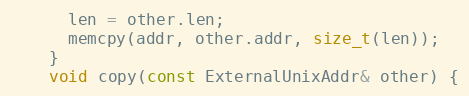
Language: C
      len = other.len;
      memcpy(addr, other.addr, size_t(len));
    }
    void copy(const ExternalUnixAddr& other) {